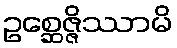
ဥစ္ဆေဇ္ဇိဿာမိ